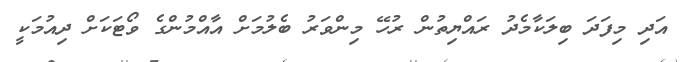
އަދި މިފަދަ ބިލަކާމެދު ރައްޔިތުން ރުހޭ މިންވަރު ބެލުމަށް އާއްމުންގެ ވޯޓަކަށް ދިއުމަކީ